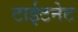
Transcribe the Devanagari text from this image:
टाईटनेट